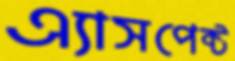
এ্যাসপেক্ট